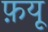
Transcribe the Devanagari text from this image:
फ़यू